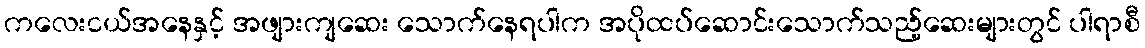
ကလေးငယ်အနေနှင့် အဖျားကျဆေး သောက်နေရပါက အပိုထပ်ဆောင်းသောက်သည့်ဆေးများတွင် ပါရာစီ